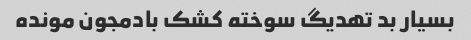
بسیار بد تهدیگ سوخته کشک بادمجون مونده